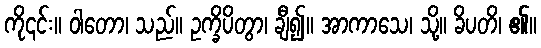
ကို၎င်း။ ဝါတော၊ သည်။ ဥက္ခိပိတွာ၊ ချီ၍။ အာကာသေ၊ သို့။ ခိပတိ၊ ၏။